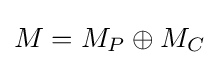
{\textstyle M=M_{P}\oplus M_{C}}